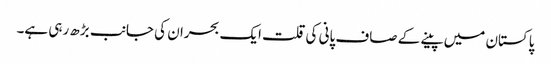
پاکستان میں پینے کے صاف پانی کی قلت ایک بحران کی جانب بڑھ رہی ہے۔